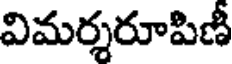
విమర్శరూపిణీ